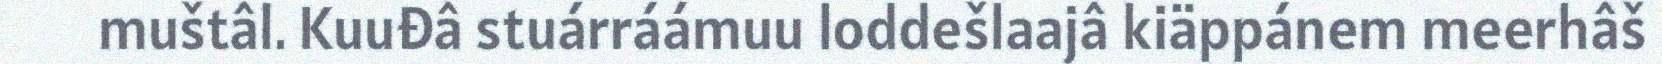
muštâl. Kuuđâ stuárráámuu loddešlaajâ kiäppánem meerhâš